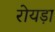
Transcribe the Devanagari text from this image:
रोयड़ा